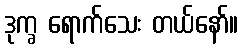
ဒုက္ခ ရောက်သေး တယ်နော်။